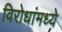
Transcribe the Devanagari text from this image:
विरोधांमध्ये